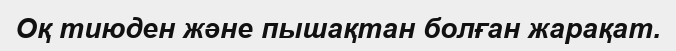
Оқ тиюден және пышақтан болған жарақат.